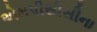
એમપીસીસીના